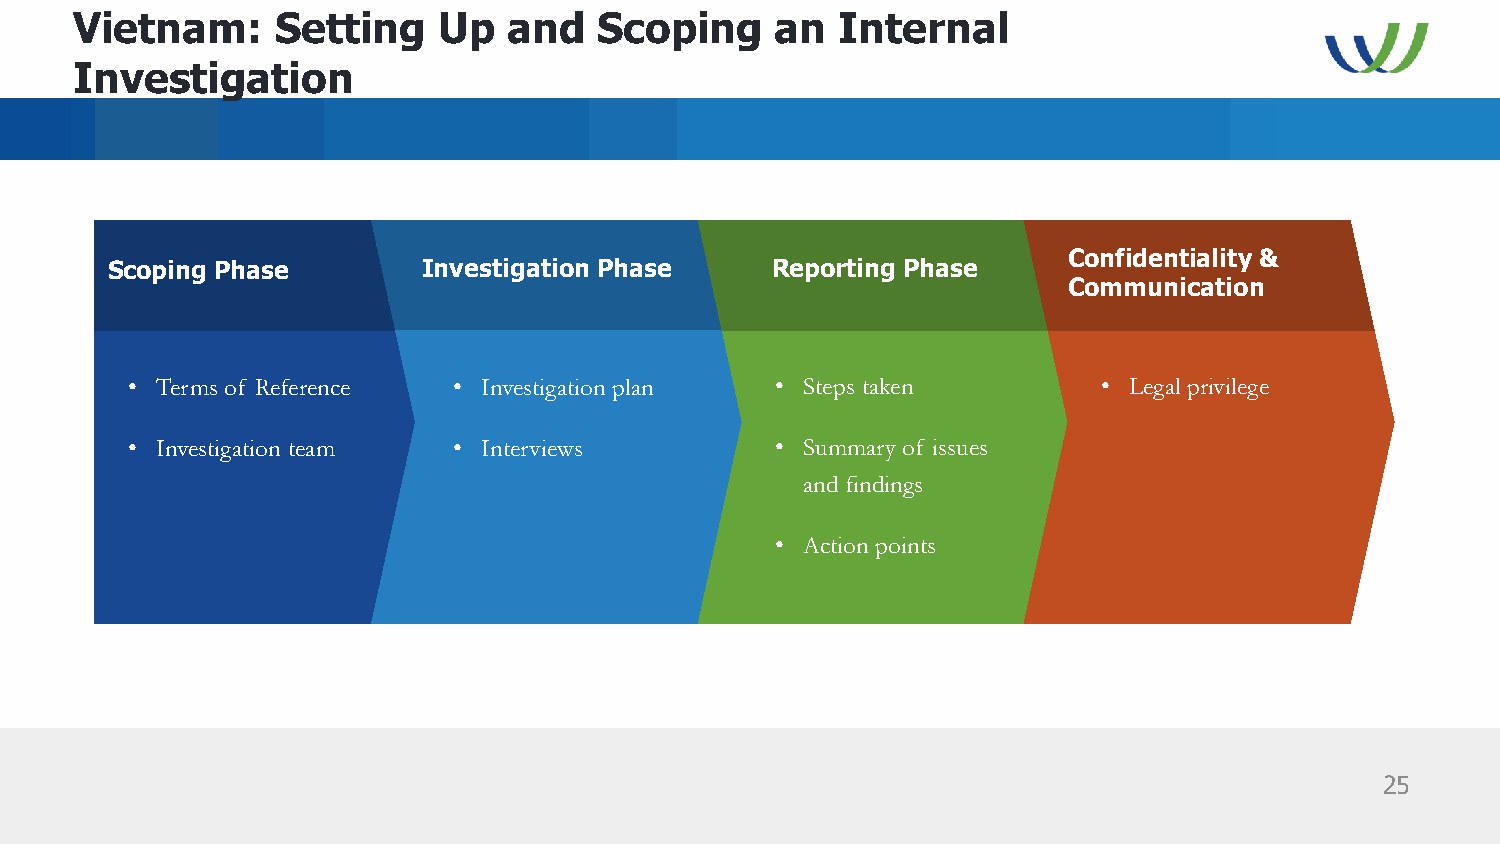
Vietnam:     Setting    Up   and   Scoping    an   Internal
 Investigation
 Confidentiality &
 Scoping Phase        Investigation Phase    Reporting Phase
 Communication
 • Terms of Reference  • Investigation plan • Steps taken         • Legal privilege
 • Investigation team  • Interviews         • Summary of issues
 and findings
 • Action points
 25